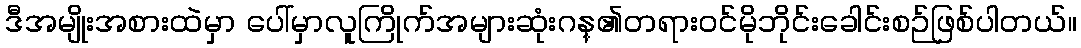
ဒီအမျိုးအစားထဲမှာ ပေါ်မှာလူကြိုက်အများဆုံးဂန္၏တရားဝင်မိုဘိုင်းခေါင်းစဉ်ဖြစ်ပါတယ်။